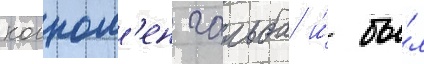
когном'ен гальба и́ бы́л